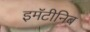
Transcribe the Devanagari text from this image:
इमॅटीनिब